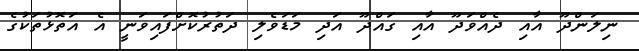
ނިލަންދޫ އާއި ދެއްވަދޫ އާއި ގައްދޫ އަދި މަޑަވެލި ދަތުރުކޮށްފައިވަނީ އެ އަތޮޅުތަކުގެ